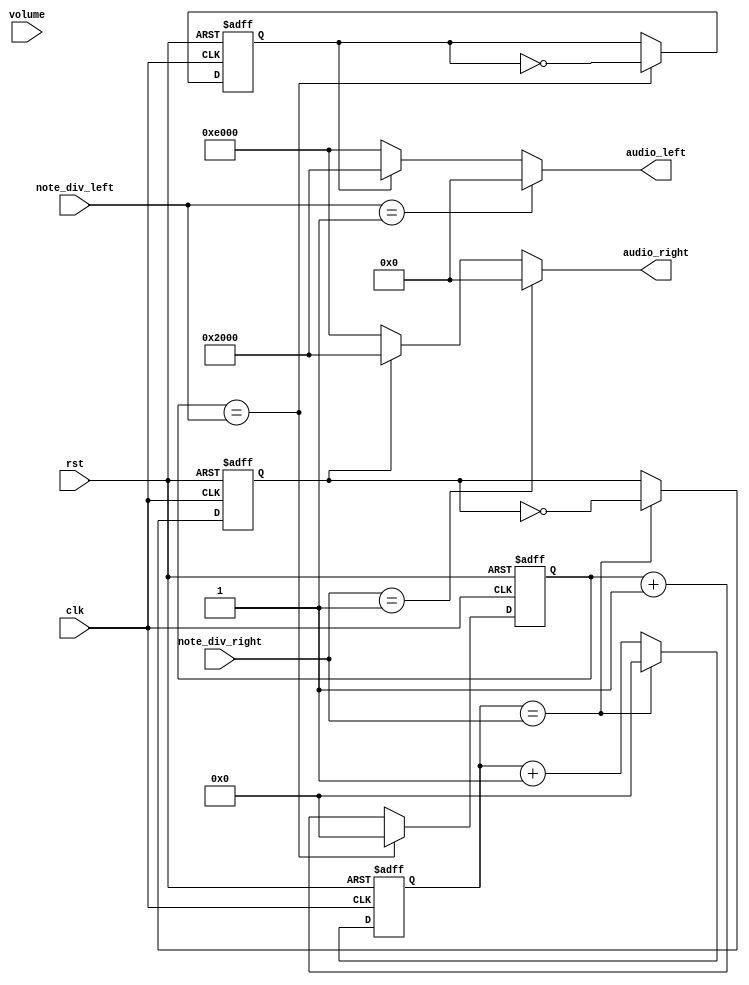
module note_gen(
    input clk, // clock from crystal
    input rst, // active high reset
    input [2:0] volume, 
    input [21:0] note_div_left, // div for note generation
    input [21:0] note_div_right,
    output [15:0] audio_left,
    output [15:0] audio_right
    );

    // Declare internal signals
    reg [21:0] clk_cnt_next, clk_cnt;
    reg [21:0] clk_cnt_next_2, clk_cnt_2;
    reg b_clk, b_clk_next;
    reg c_clk, c_clk_next;

    // Note frequency generation
    // clk_cnt, clk_cnt_2, b_clk, c_clk
    always @(posedge clk or posedge rst)
        if (rst == 1'b1)
            begin
                clk_cnt <= 22'd0;
                clk_cnt_2 <= 22'd0;
                b_clk <= 1'b0;
                c_clk <= 1'b0;
            end
        else
            begin
                clk_cnt <= clk_cnt_next;
                clk_cnt_2 <= clk_cnt_next_2;
                b_clk <= b_clk_next;
                c_clk <= c_clk_next;
            end
    
    // clk_cnt_next, b_clk_next
    always @*
        if (clk_cnt == note_div_left)
            begin
                clk_cnt_next = 22'd0;
                b_clk_next = ~b_clk;
            end
        else
            begin
                clk_cnt_next = clk_cnt + 1'b1;
                b_clk_next = b_clk;
            end

    // clk_cnt_next_2, c_clk_next
    always @*
        if (clk_cnt_2 == note_div_right)
            begin
                clk_cnt_next_2 = 22'd0;
                c_clk_next = ~c_clk;
            end
        else
            begin
                clk_cnt_next_2 = clk_cnt_2 + 1'b1;
                c_clk_next = c_clk;
            end

    // Assign the amplitude of the note
    // Volume is controlled here
    assign audio_left = (note_div_left == 22'd1) ? 16'h0000 : 
                                (b_clk == 1'b0) ? 16'hE000 : 16'h2000;
    assign audio_right = (note_div_right == 22'd1) ? 16'h0000 : 
                                (c_clk == 1'b0) ? 16'hE000 : 16'h2000;
endmodule